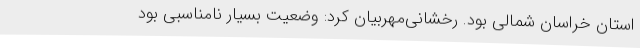
استان خراسان شمالی بود. رخشانی‌مهربیان کرد: وضعیت بسیار نامناسبی بود